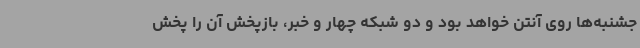
جشنبه‌ها روی آنتن خواهد بود و دو شبکه چهار و خبر، بازپخش آن را پخش